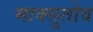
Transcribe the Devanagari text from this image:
माक्सुतोव